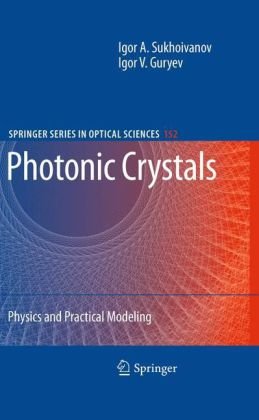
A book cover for Photonic Crystals: Physics and Practical Modeling (Springer Series in Optical Sciences); Igor A. Sukhoivanov; Science & Math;